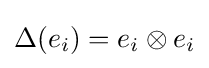
\Delta (e_{i})=e_{i}\otimes e_{i}